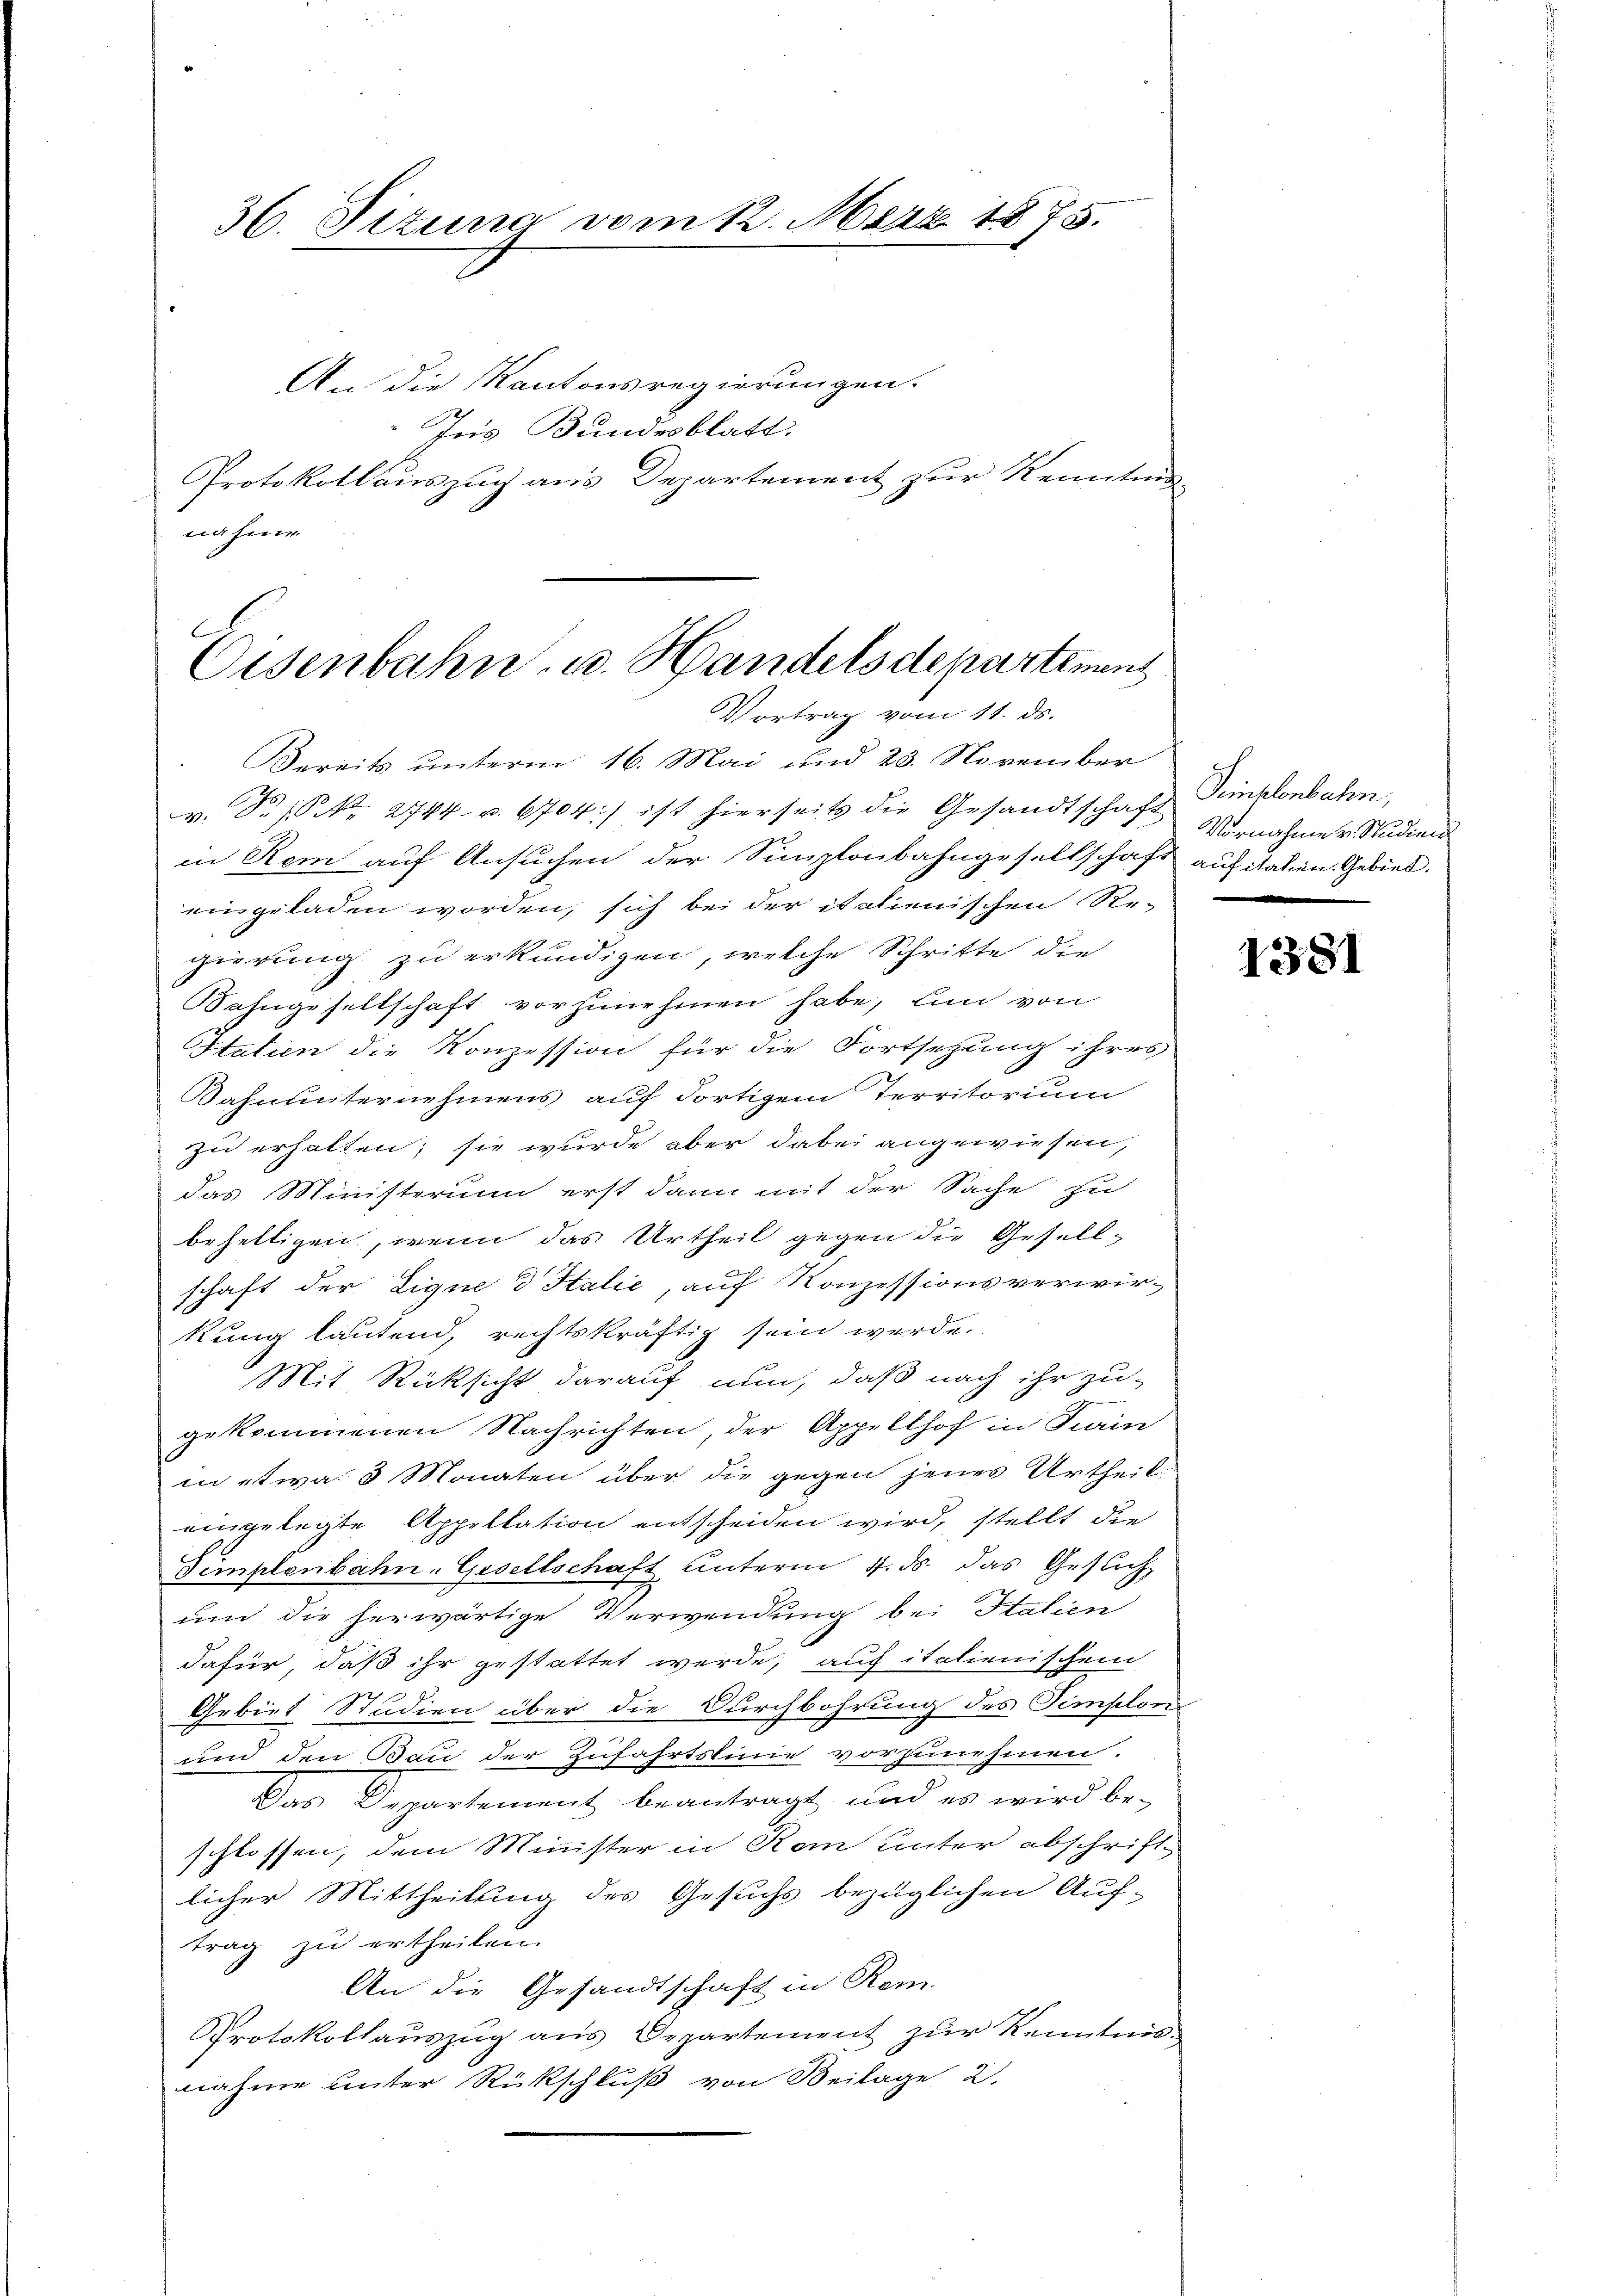
36. Sizung vom 12. Mai 1875.
.

An die Kantonsregierungen.
Ins Bundesblatt.
Protokollauszug aus Departement zur Kenntnis
nahme

E
Eisenbahn- u. Handelsdepartemens
Vortrag vom 11. ds.

Bereits unterm 16. Mai und 23. November
v. S. S. Nr. 2744. u. 6704:) ist hierseits die Gesandtschaft Simplonbahn,
in Rom auf Ansuchen der Simplonbahngesellschaft aufital in Gebiet.
eingeladen worden, sich bei der italienischen Regierung zu erkundigen, welche Schritte die
Sahngesellschaft vorzunehmen habe, lin von
Statien die Konzession für die Fortsetzung ihres
Sahnunternehmens auf dortigem Territorium
zu erhalten; sie wurde aber dabei angewiesen,
das Ministerium erst dann mit der Sache zu
behelligen, wenn das Urtheil gegen die Gesellschaft der Lique d Halić, auf Konzessionsverwir-
kung lautend, rechtskräftig sein werde.
Mit Rücksicht darauf nun, daß nach ihr zu-
gekommenen Nachrichten, der Appellhof in Kain
in etwa 3 Monaten über die gegen jenes Urtheil
eingelegte Appellation entscheiden wird, stellt die
Timplenbahn-Gesellschaft unterm 4. ds. das Gesuch
und die herwärtige Verwendung bei Stalien
dafür, daß ihr gestattet werde, auch italienischem
Gebiet Studien über die Durchbohrung des Templon
und den Bau der Zufahrtslinie vorzunehmen.
Das Departement beantragt, und es wird be-
schlossen, dem Minister in Rom unter abschrift-
licher Mittheilung des Gesuchs bezüglichen Auf-
trag zu ertheilen.
An die Gesandtschaft in Rom.
Protokollauszug aus Departement zur Kenntnis-
nahme unter Rückschluß von Beilage 2.

Vornahme v. Studien

1381